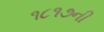
૧૮૧૭ની